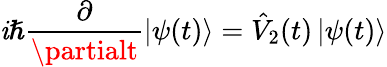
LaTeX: \mathit{i}\hslash\frac{{\partial}}{{\partialt}}\left\vert\psi(t)\right\rangle=\hat{{V}}_{2}(t)\left\vert\psi(t)\right\rangle